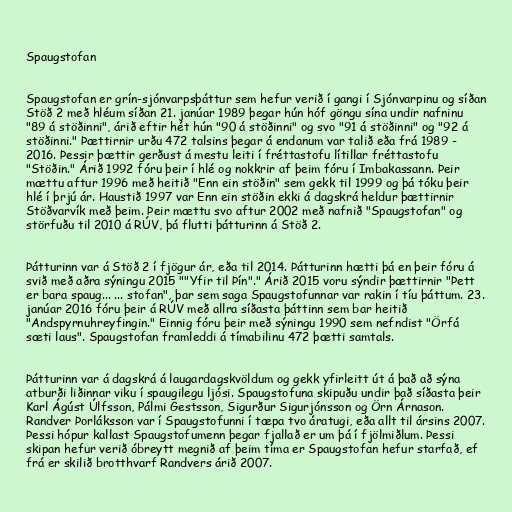
Spaugstofan

Spaugstofan er grín-sjónvarpsþáttur sem hefur verið í gangi í Sjónvarpinu og síðan
Stöð 2 með hléum síðan 21. janúar 1989 þegar hún hóf göngu sína undir nafninu
"89 á stöðinni", árið eftir hét hún "90 á stöðinni" og svo "91 á stöðinni" og "92 á
stöðinni." Þættirnir urðu 472 talsins þegar á endanum var talið eða frá 1989 -
2016. Þessir þættir gerðust á mestu leiti í fréttastofu lítillar fréttastofu
"Stöðin." Árið 1992 fóru þeir í hlé og nokkrir af þeim fóru í Imbakassann. Þeir
mættu aftur 1996 með heitið "Enn ein stöðin" sem gekk til 1999 og þá tóku þeir
hlé í þrjú ár. Haustið 1997 var Enn ein stöðin ekki á dagskrá heldur þættirnir
Stöðvarvík með þeim. Þeir mættu svo aftur 2002 með nafnið "Spaugstofan" og
störfuðu til 2010 á RÚV, þá flutti þátturinn á Stöð 2.

Þátturinn var á Stöð 2 í fjögur ár, eða til 2014. Þátturinn hætti þá en þeir fóru á
svið með aðra sýningu 2015 ""Yfir til Þín"." Árið 2015 voru sýndir þættirnir "Þett
er bara spaug... ... stofan", þar sem saga Spaugstofunnar var rakin í tíu þáttum. 23.
janúar 2016 fóru þeir á RÚV með allra síðasta þáttinn sem bar heitið
"Andspyrnuhreyfingin." Einnig fóru þeir með sýningu 1990 sem nefndist "Örfá
sæti laus". Spaugstofan framleddi á tímabilinu 472 þætti samtals.

Þátturinn var á dagskrá á laugardagskvöldum og gekk yfirleitt út á það að sýna
atburði liðinnar viku í spaugilegu ljósi. Spaugstofuna skipuðu undir það síðasta þeir
Karl Ágúst Úlfsson, Pálmi Gestsson, Sigurður Sigurjónsson og Örn Árnason.
Randver Þorláksson var í Spaugstofunni í tæpa tvo áratugi, eða allt til ársins 2007.
Þessi hópur kallast Spaugstofumenn þegar fjallað er um þá í fjölmiðlum. Þessi
skipan hefur verið óbreytt megnið af þeim tíma er Spaugstofan hefur starfað, ef
frá er skilið brotthvarf Randvers árið 2007.